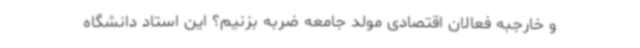
و خارجبه فعالان اقتصادی مولد جامعه ضربه بزنیم؟ این استاد دانشگاه